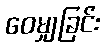
ဝေမျှခြင်း